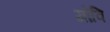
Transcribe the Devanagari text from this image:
गोवि